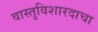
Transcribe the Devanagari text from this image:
वास्तुविशारदाचा